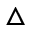
\triangle